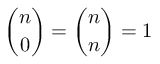
{ \binom { n } { 0 } } = { \binom { n } { n } } = 1